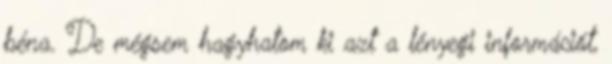
béna. De mégsem hagyhatom ki azt a lényegi információt,